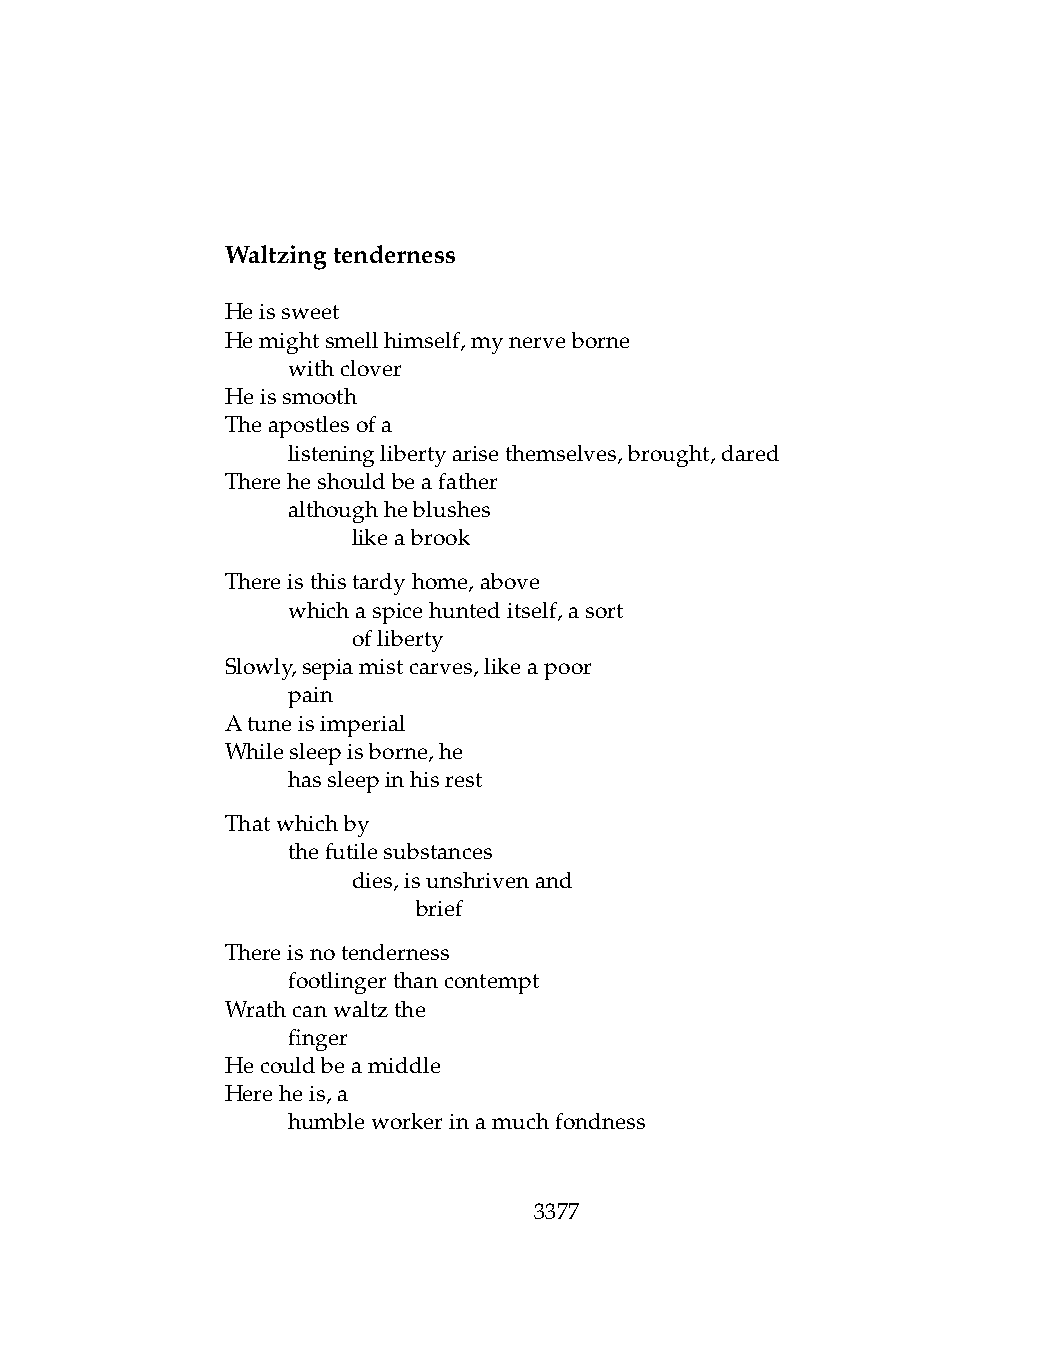
Waltzingtenderness
 Heissweet
 Hemightsmellhimself,mynerveborne
 .   withclover
 Heissmooth
 Theapostlesofa
 .   listeninglibertyarisethemselves,brought,dared
 Thereheshouldbeafather
 .   althoughheblushes
 .   .   likeabrook
 Thereisthistardyhome,above
 .   whichaspicehunteditself,asort
 .   .   ofliberty
 Slowly,sepiamistcarves,likeapoor
 .   pain
 Atuneisimperial
 Whilesleepisborne,he
 .   hassleepinhisrest
 Thatwhichby
 .   thefutilesubstances
 .   .   dies,isunshrivenand
 .   .   .    brief
 Thereisnotenderness
 .   footlingerthancontempt
 Wrathcanwaltzthe
 .   finger
 Hecouldbeamiddle
 Hereheis,a
 .   humbleworkerinamuchfondness
 3377